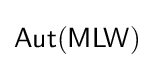
{\mathsf {Aut(MLW)}}